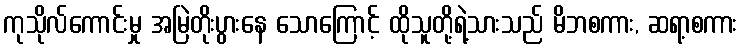
ကုသိုလ်ကောင်းမှု အမြဲတိုးပွားနေ သောကြောင့် ထိုသူတို့ရဲ့သားသည် မိဘစကား, ဆရာ့စကား